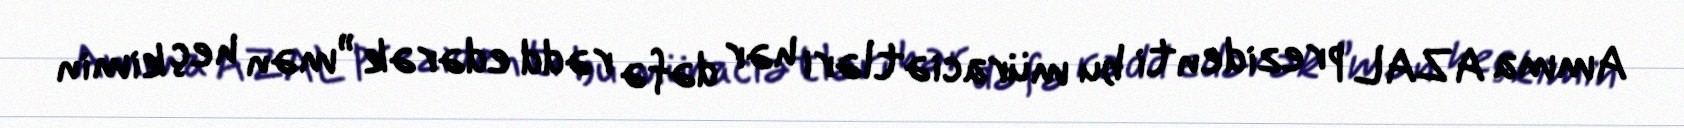
Amma AZAL prezidenti bu müraciətləri hər dəfə rədd edərək ”mən heç kimin